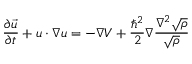
\frac { \partial \vec { u } } { \partial t } + \boldsymbol { u } \cdot \boldsymbol { \nabla } \boldsymbol { u } = - \boldsymbol { \nabla } V + \frac { \hbar ^ { 2 } } { 2 } \boldsymbol { \nabla } \frac { \nabla ^ { 2 } \sqrt { \rho } } { \sqrt { \rho } }